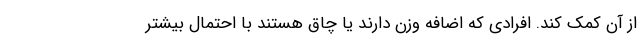
از آن کمک کند. افرادی که اضافه وزن دارند یا چاق هستند با احتمال بیشتر